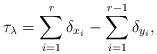
LaTeX: \begin{gather*}\tau_\lambda = \sum_{i=1}^r \delta_{x_i} - \sum_{i=1}^{r-1} \delta_{y_i},\end{gather*}